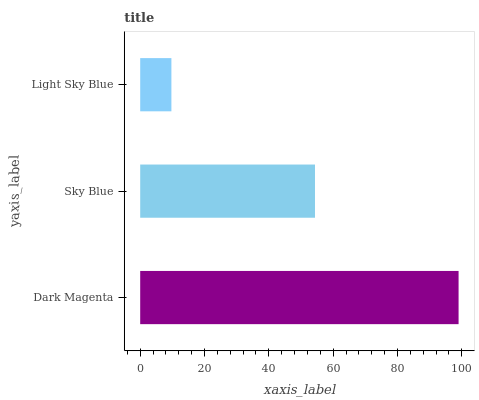
| yaxis_label | bars |
 | --- | --- |
 | Dark Magenta | 99 |
 | Sky Blue | 54.4 |
 | Light Sky Blue | 9.7 |